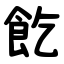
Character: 䬣